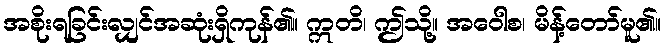
အစိုးရခြင်းလျှင်အဆုံးရှိကုန်၏။ ဣတိ၊ ဤသို့။ အဝေါစ၊ မိန့်တော်မူ၏။